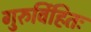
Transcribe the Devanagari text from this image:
गुरुर्विहितः